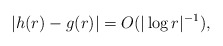
\begin{align*}\left\vert h(r)-g(r)\right\vert =O(|\log r|^{-1}), \end{align*}